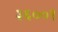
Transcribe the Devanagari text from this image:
३६००१